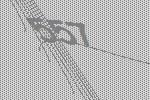
557